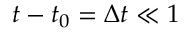
t - t _ { 0 } = \Delta t \ll 1